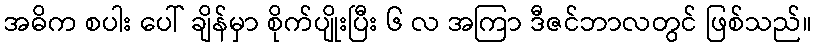
အဓိက စပါး ပေါ် ချိန်မှာ စိုက်ပျိုးပြီး ၆ လ အကြာ ဒီဇင်ဘာလတွင် ဖြစ်သည်။